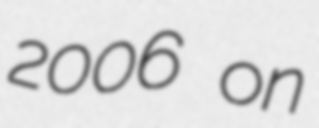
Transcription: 2006 on